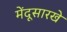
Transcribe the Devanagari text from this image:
मेंदूसारखे